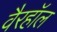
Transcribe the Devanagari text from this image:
वैरहॉल